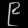
Digit: ၉